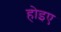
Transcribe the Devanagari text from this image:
होइए